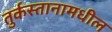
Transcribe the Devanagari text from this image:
तुर्कस्तानामधील